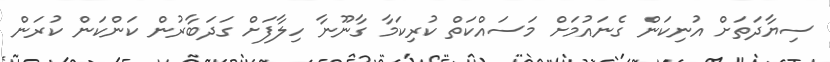
ސިޔާދަތަށް އުނިކަން ގެނައުމަށް މަސައްކަތް ކުރިކަމާ ގާނޫނާ ހިލާފަށް ގަދަބާރުން ކަންކަން ކުރަން